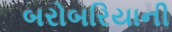
બરોબરિયાની